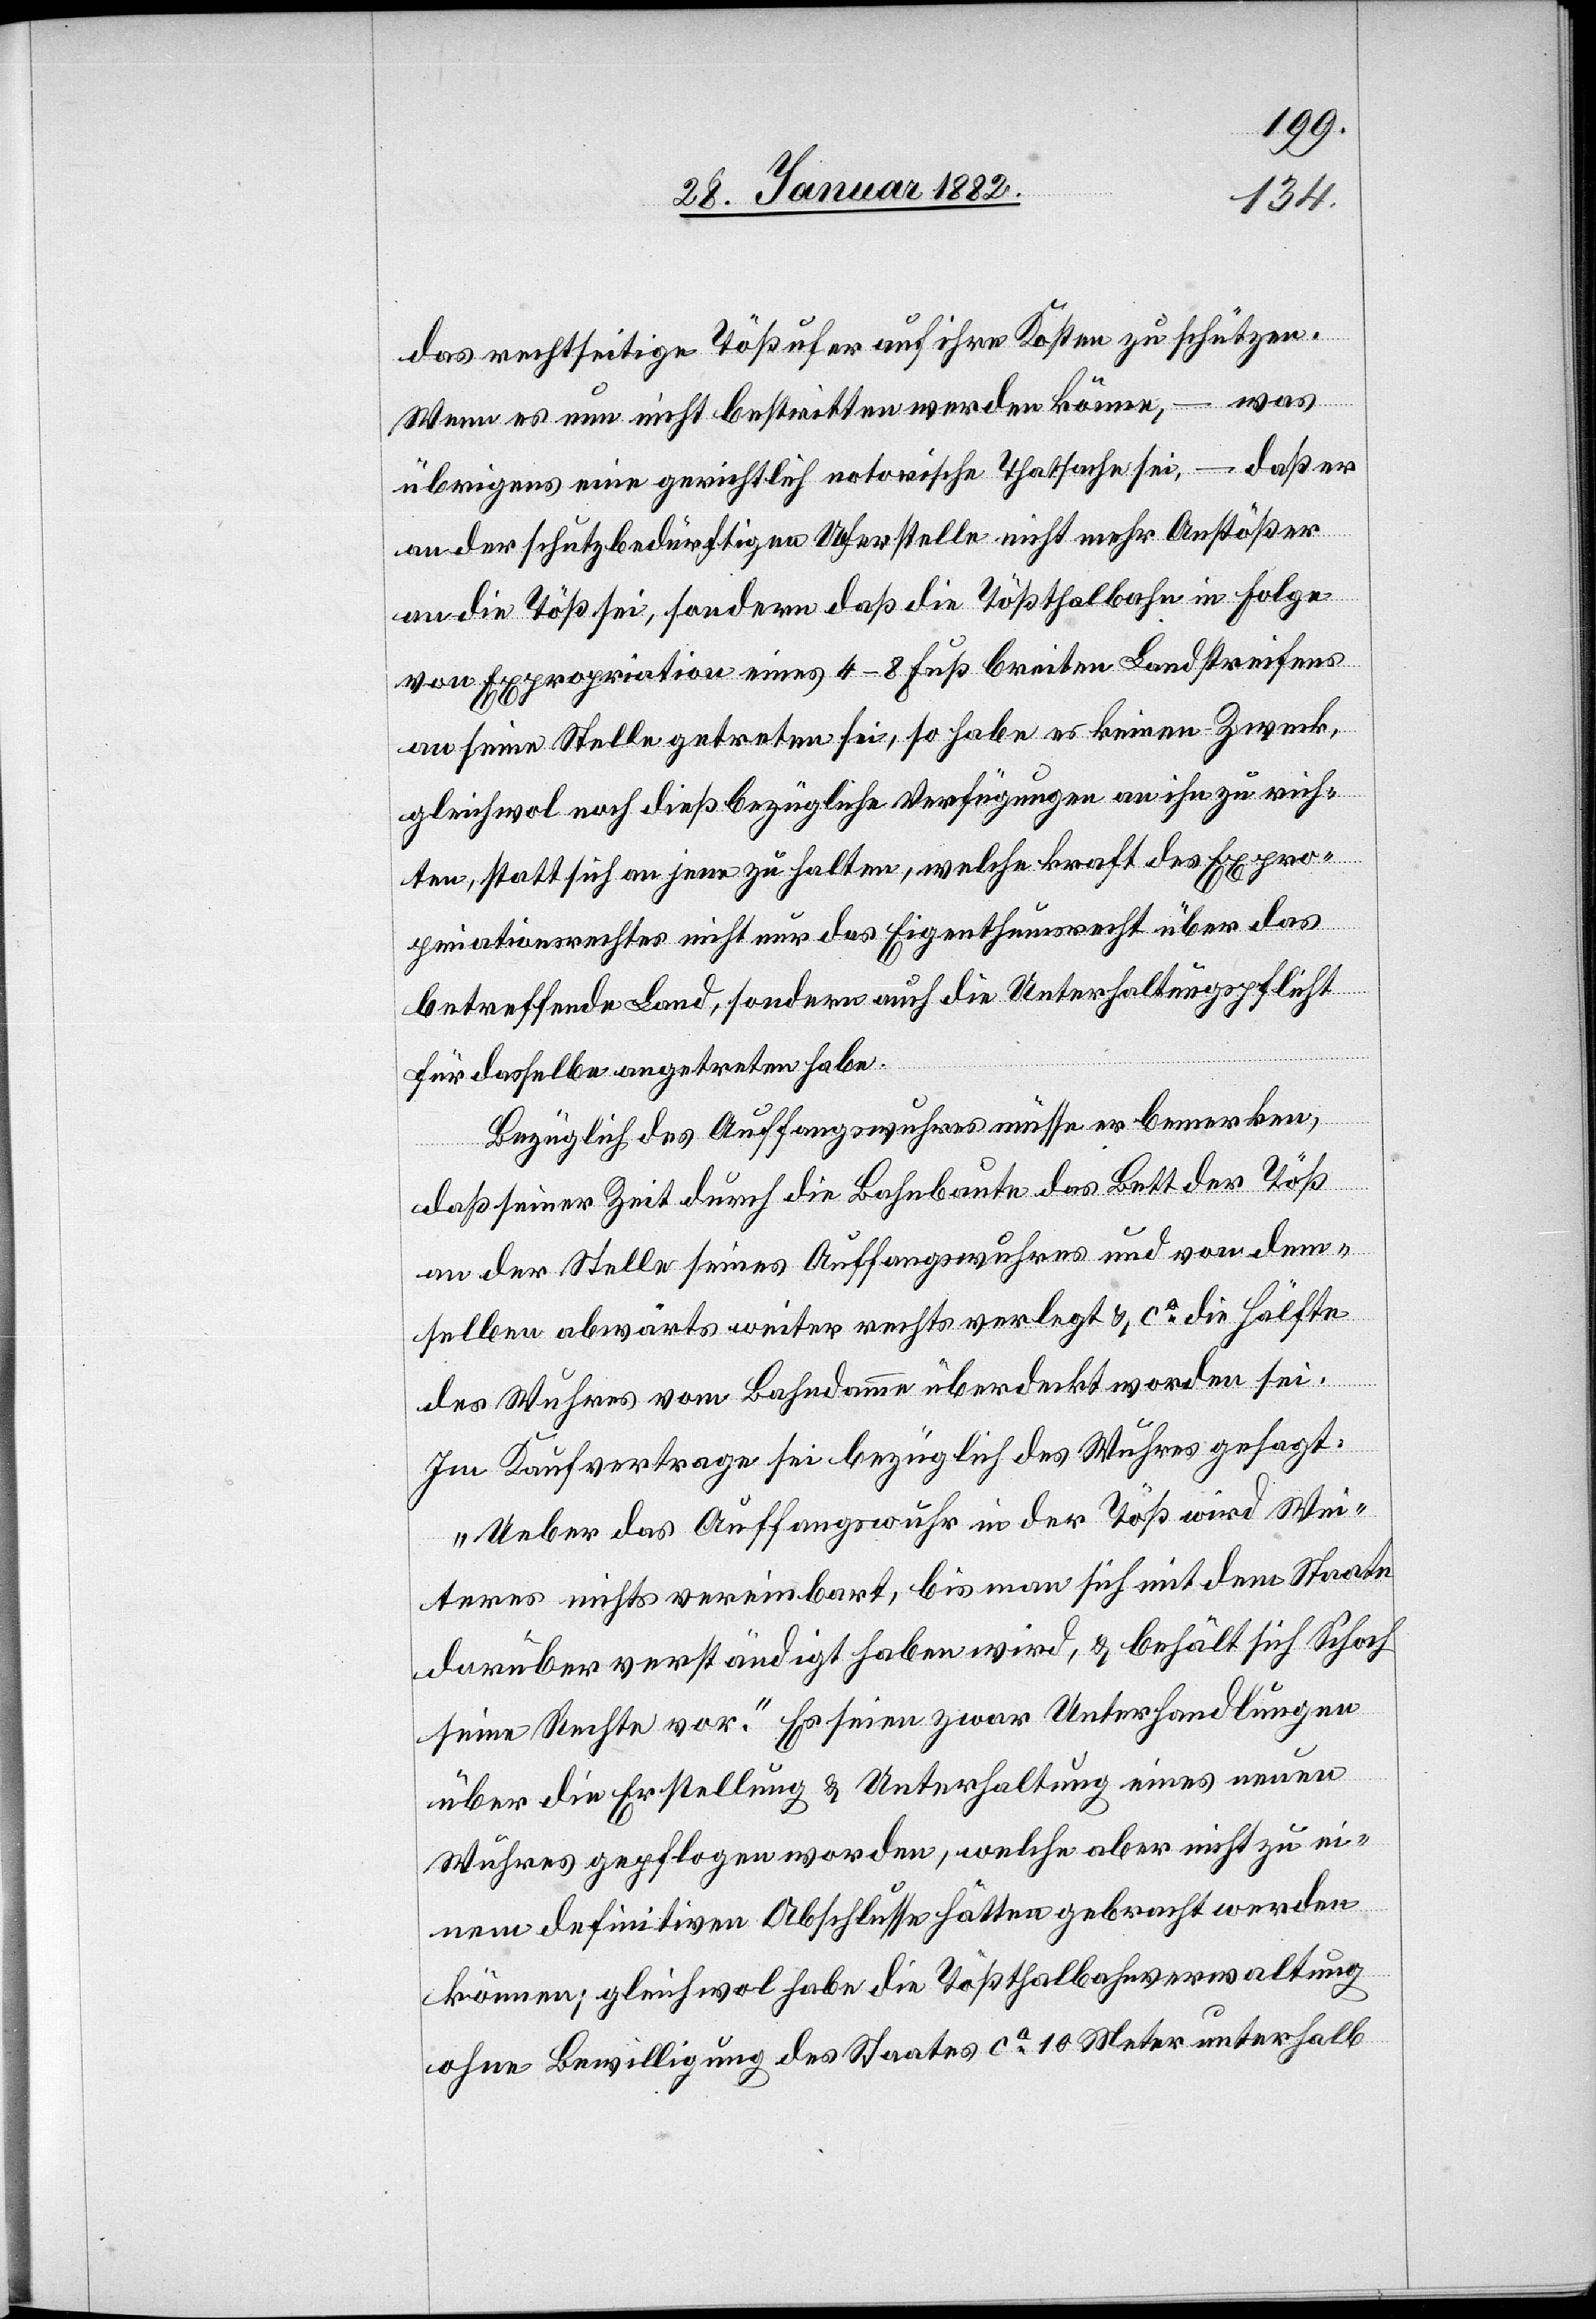
das rechtseitige Tößufer auf ihre Kosten zu schützen.
Wenn es nun nicht bestritten werden könne, – was
übrigens eine gerichtlich notorische Thatsache sei, – daß er
an der schutzbedürftigen Uferstelle nicht mehr Anstößer
an die Töß sei, sondern daß die Tößthalbahn in Folge
von Expropriation eines 4–8 Fuß breiten Landstreifens
an seine Stelle getreten sei, so habe es keinen Zweck,
gleichwol noch diesßbezügliche Verfügungen an ihn zu rich¬
ten, statt sich an jene zu halten, welche Kraft des Expro¬
priationsrechtes nicht nur das Eigenthumsrecht über das
betreffende Land, sondern auch die Unterhaltungspflicht
für dasselbe angetreten habe.
Bezüglich des Auffangwuhres müsse er bemerken,
daß seiner Zeit durch die Bahnbaute das Bett der Töß
an der Stelle seines Auffangswuhres und von dem¬
selben abwärts weiter rechts verlegt & ca die Hälfte
des Wuhres vom Bahndamm überdeckt worden sei.
Im Kaufvertrage sei bezüglich des Wuhres gesagt:
„Ueber das Auffangswuhr in der Töß wird Wei¬
teres nicht vereinbart, bis man sich mit dem Staate
darüber verständigt haben wird, & behält sich Schoch
seine Rechte vor.“ Es seien zwar Unterhandlungen
über die Erstellung & Unterhaltung eines neuen
Wuhres gepflogen worden, welche aber nicht zu ei¬
nem definitiven Abschlusse hätten gebracht werden
können; gleichwol habe die Tößthalbahnverwaltung
ohne Bewilligung des Staates ca 10 Meter unterhalb